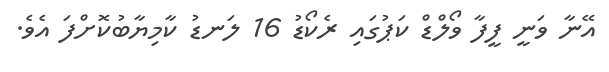
އޭނާ ވަނީ ފީފާ ވޯލްޑް ކަޕުގައި ރެކޯޑު 16 ލަނޑު ކާމިޔާބުކޮށްފަ އެވެ.